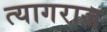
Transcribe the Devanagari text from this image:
त्‍यागराज